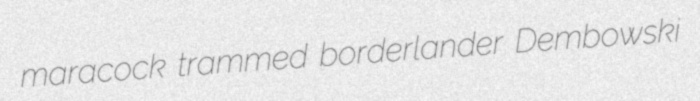
maracock trammed borderlander Dembowski